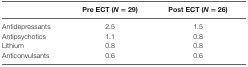
<table><thead><tr><td></td><td><b>Pre ECT (<i>N</i> = 29)</b></td><td><b>Post ECT (<i>N</i> = 26)</b></td></tr></thead><tbody><tr><td>Antidepressants</td><td>2.5</td><td>1.5</td></tr><tr><td>Antipsychotics</td><td>1.1</td><td>0.8</td></tr><tr><td>Lithium</td><td>0.8</td><td>0.8</td></tr><tr><td>Anticonvulsants</td><td>0.6</td><td>0.6</td></tr></tbody></table>